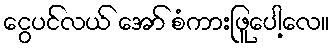
ငွေပင်လယ် အော် စံကားဖြူပေါ့လေ။